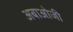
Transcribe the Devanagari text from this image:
अबाओजी